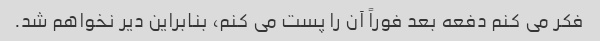
فکر می کنم دفعه بعد فوراً آن را پست می کنم، بنابراین دیر نخواهم شد.